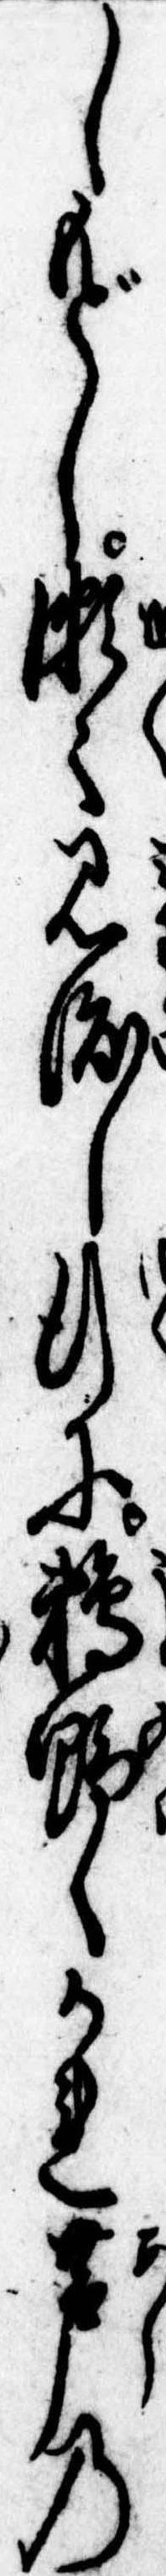
しもどし瀬々見渡し行に鵜野かれ芦の